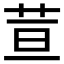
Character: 荁